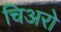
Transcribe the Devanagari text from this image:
चिअरो